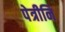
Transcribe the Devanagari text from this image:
पेत्रीनि